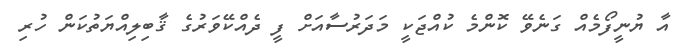
އާ ޔުނީފޯމެއް ގަނެވޭ ކޮންމެ ކުއްޖަކީ މަދަރުސާއަށް ފީ ދެއްކޭވަރުގެ ޤާބިލިއްޔަތުކަން ހުރި